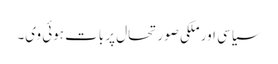
سیاسی اور ملکی صورتحال پر بات ہوئی وی۔